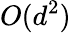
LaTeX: O(d^{2})